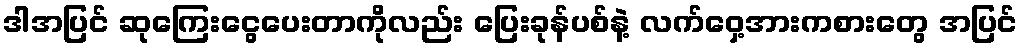
ဒါအပြင် ဆုကြေးငွေပေးတာကိုလည်း ပြေးခုန်ပစ်နဲ့ လက်ဝှေ့အားကစားတွေ အပြင်